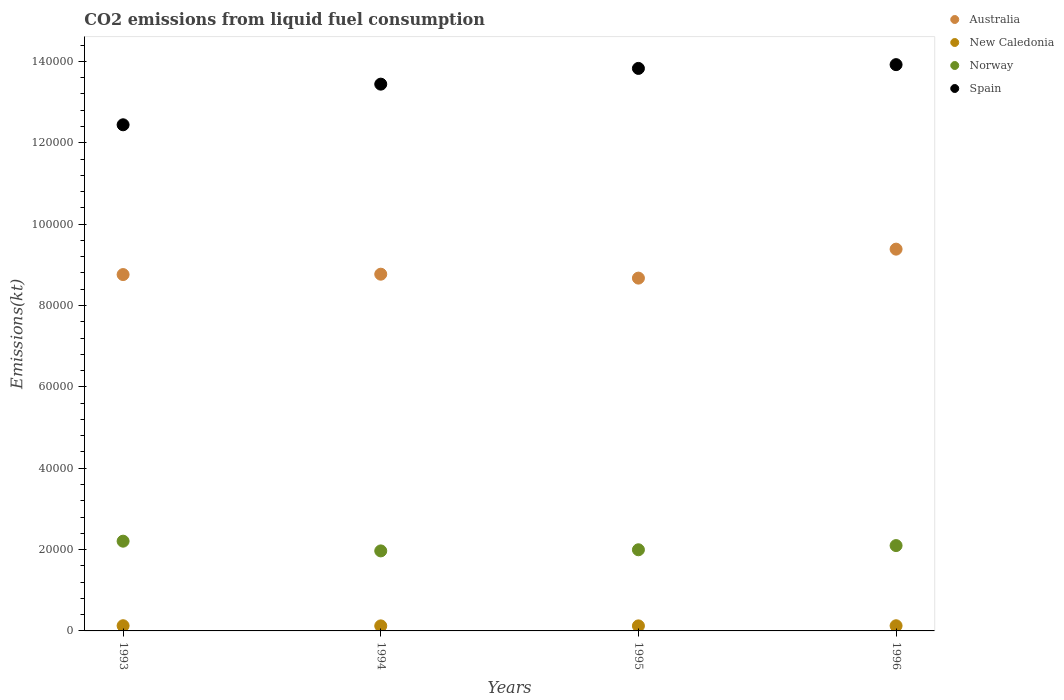
| Years | Australia | New Caledonia | Norway | Spain |
 | --- | --- | --- | --- | --- |
 | 1993 | 8.76e+04 | 1.28e+03 | 2.21e+04 | 1.24e+05 |
 | 1994 | 8.77e+04 | 1.24e+03 | 1.97e+04 | 1.34e+05 |
 | 1995 | 8.67e+04 | 1.24e+03 | 1.99e+04 | 1.38e+05 |
 | 1996 | 9.38e+04 | 1.27e+03 | 2.1e+04 | 1.39e+05 |